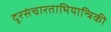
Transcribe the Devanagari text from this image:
दूरसंचारताभियान्त्रिकी